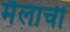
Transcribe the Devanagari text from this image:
मैलाची